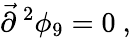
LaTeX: {\vec{\partial}}^{\, 2}\phi_{9}=0\ ,